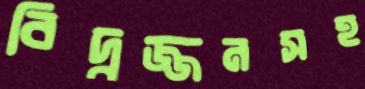
বিদ্বজ্জনসহ